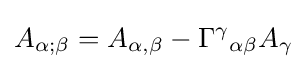
A_{\alpha ;\beta }=A_{\alpha ,\beta }-\Gamma ^{\gamma }{}_{\alpha \beta }A_{\gamma }